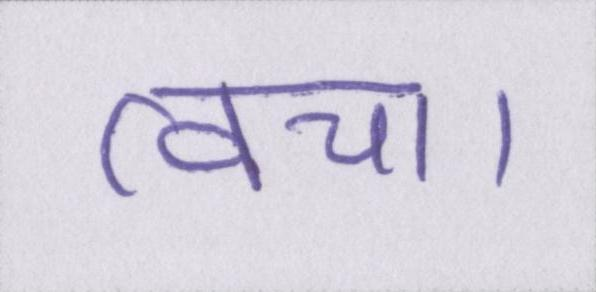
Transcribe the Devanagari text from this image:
त्वचा